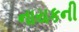
નાયકની